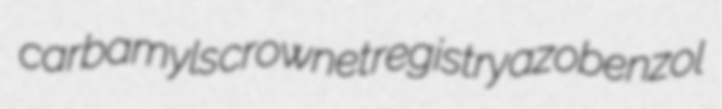
carbamyls crownet registry azobenzol